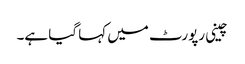
چینی رپورٹ میں کہا گیا ہے۔